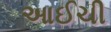
આઈચી